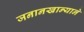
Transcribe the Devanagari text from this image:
जनानखान्याने